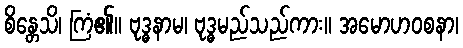
စိန္တေသိ၊ ကြံ၏။ ဗုဒ္ဓနာမ၊ ဗုဒ္ဓမည်သည်ကား။ အမောဟဝစနာ၊